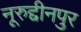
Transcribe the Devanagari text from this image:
नूरुद्दीनपुर